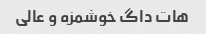
هات داگ خوشمزه و عالی